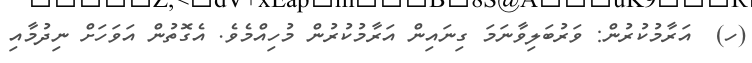
(ހ)  އަރާމުކުރުން: ވަރުބަލިވާނަމަ ގިނައިން އަރާމުކުރުން މުހިއްމެވެ. އެގޮތުން އަވަހަށް ނިދުމާއި